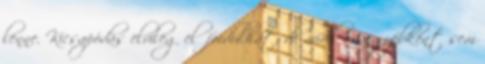
lenne. Kicsapódás elvileg előfordulhat, de mivel mi egyébként sem